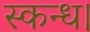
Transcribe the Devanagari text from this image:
स्कन्ध।